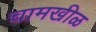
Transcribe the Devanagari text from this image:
चामखीळ